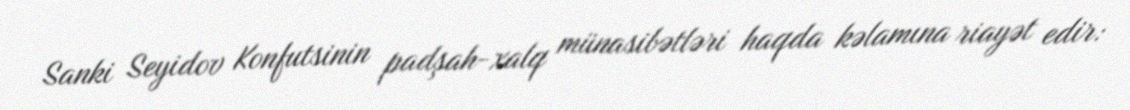
Sanki Seyidov Konfutsinin padşah-xalq münasibətləri haqda kəlamına riayət edir: